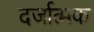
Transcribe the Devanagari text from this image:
दर्जात्मक